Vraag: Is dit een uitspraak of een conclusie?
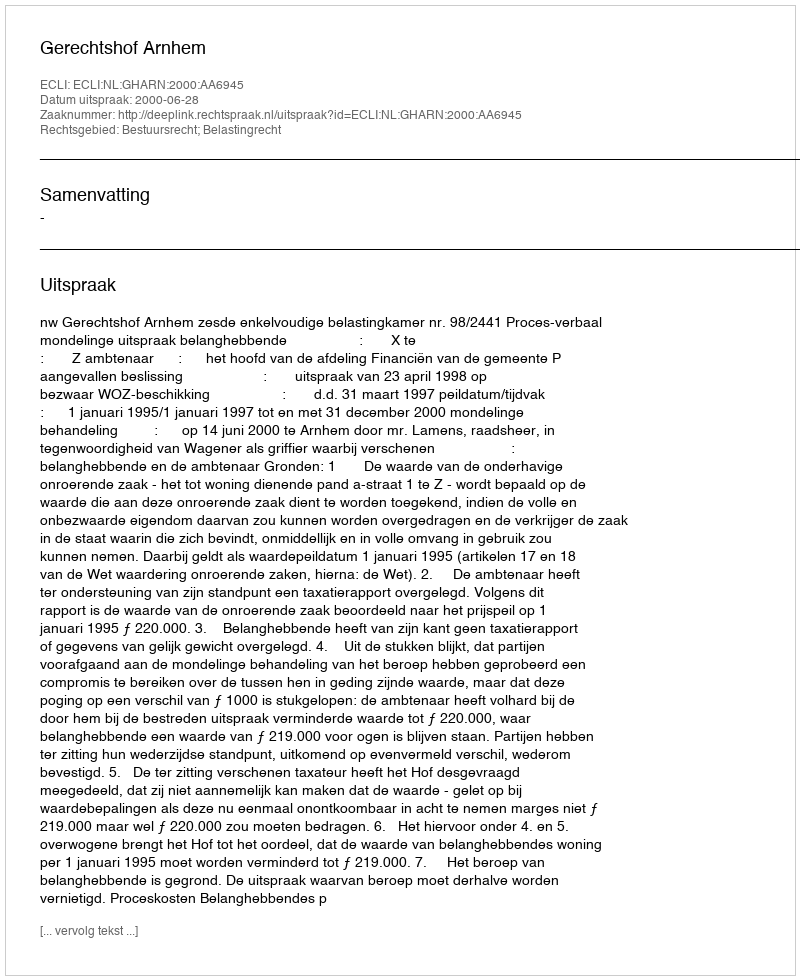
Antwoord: Uitspraak